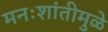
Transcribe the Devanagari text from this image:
मनःशांतीमुळे